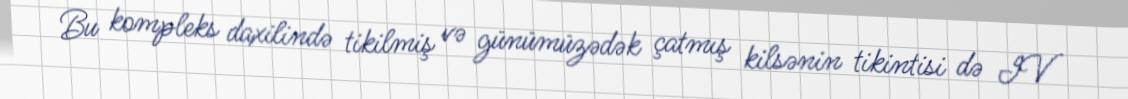
Bu kompleks daxilində tikilmiş və günümüzədək çatmış kilsənin tikintisi də IV